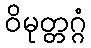
ဝိမုတ္တဂ္ဂံ